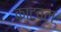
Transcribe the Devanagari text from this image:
काटवल